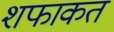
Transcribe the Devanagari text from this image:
शफाकत